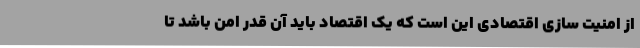
از امنیت سازی اقتصادی این است که یک اقتصاد باید آن قدر امن باشد تا